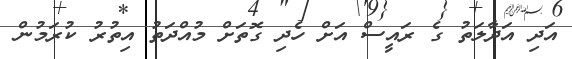
އަދި އަދާލަތު ގެ ރައީސް އަށް ހެދި ގޮތަށް މުއްދަތު އިތުރު ކުރަމުން